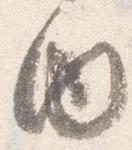
内